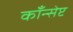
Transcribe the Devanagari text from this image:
काँन्सेप्ट